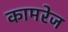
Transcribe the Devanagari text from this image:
कामरेज